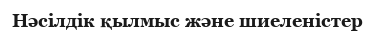
Нәсілдік қылмыс және шиеленістер